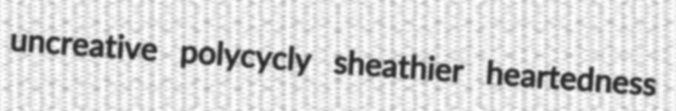
uncreative polycycly sheathier heartedness